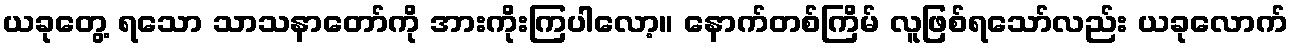
ယခုတွေ့ ရသော သာသနာတော်ကို အားကိုးကြပါလော့။ နောက်တစ်ကြိမ် လူဖြစ်ရသော်လည်း ယခုလောက်